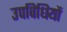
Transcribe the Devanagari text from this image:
उपविधियों